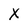
Character: X